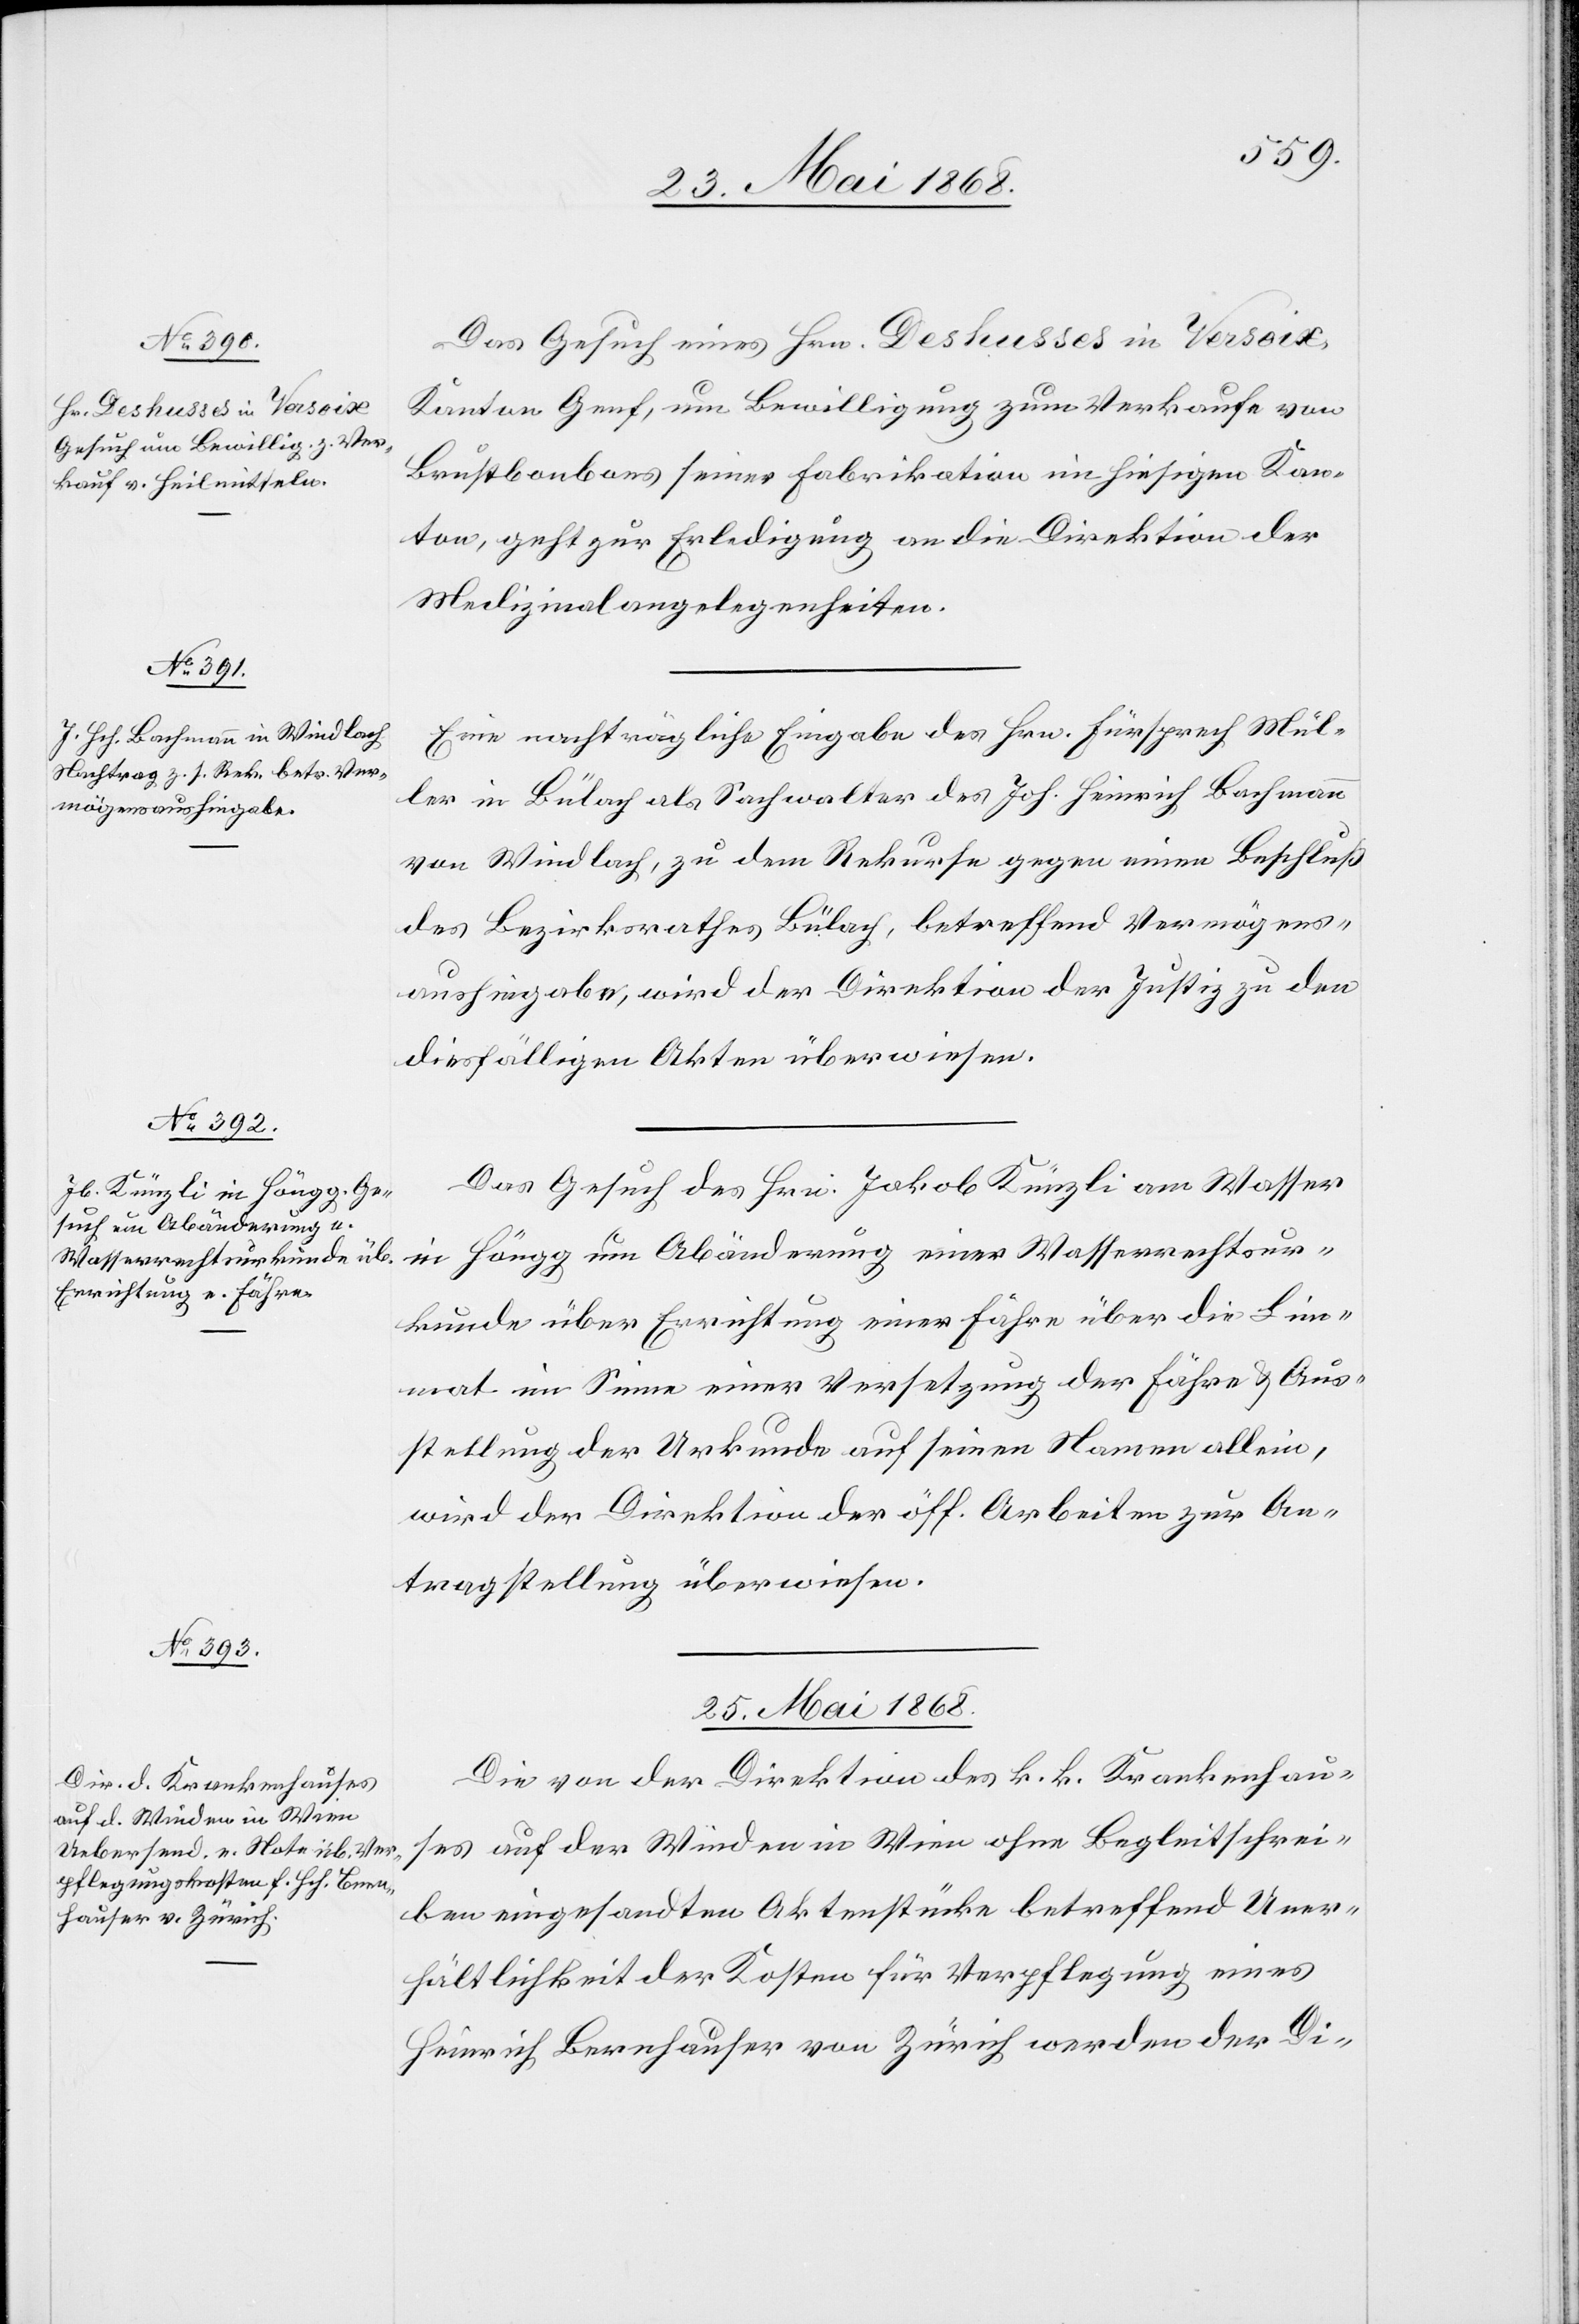
24. Mai 1868.]
Das Gesuch eines Hrn. Deshusses in Versoix,
Kanton Genf, um Bewilligung zum Verkaufe von
Brustbonbons seiner Fabrikation im hiesigen Kan¬
ton, geht zur Erledigung an die Direktion der
Medizinalangelegenheiten.
Eine nachträgliche Eingabe des Hrn. Fürsprech Mül¬
ler in Bülach als Sachwalter des Joh. Heinrich Bachmann
von Windlach, zu dem Rekurse gegen einen Beschluß
des Bezirksrathes Bülach, betreffend Vermögens¬
aushingabe, wird der Direktion der Justiz zu den
diesfälligen Akten überwiesen.
Das Gesuch des Hrn. Jakob Künzli am Wasser
in Höngg um Abänderung einer Wasserrechtsur¬
kunde über Errichtung einer Fähre über die Lim¬
mat im Sinne einer Versetzung der Fähre & Aus¬
stellung der Urkunde auf seinen Namen allein,
wird der Direktion der öff. Arbeiten zur An¬
tragstellung überwiesen.
25. Mai 1868.
Die von der Direktion des k. k. Krankenhau¬
ses auf der Winden in Wien ohne Begleitschrei¬
ben eingesandten Aktenstücke betreffend Uner¬
hältlichkeit der Kosten für Verpflegung eines
Heinrich Bernhauser von Zürich werden der Di-